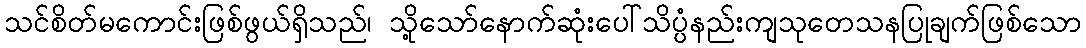
သင်စိတ်မကောင်းဖြစ်ဖွယ်ရှိသည်၊ သို့သော်နောက်ဆုံးပေါ်သိပ္ပံနည်းကျသုတေသနပြုချက်ဖြစ်သော